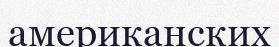
американских